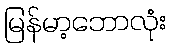
မြန်မာ့ဘောလုံး